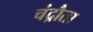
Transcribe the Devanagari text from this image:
चंद्रौता